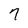
Character: 7